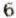
6